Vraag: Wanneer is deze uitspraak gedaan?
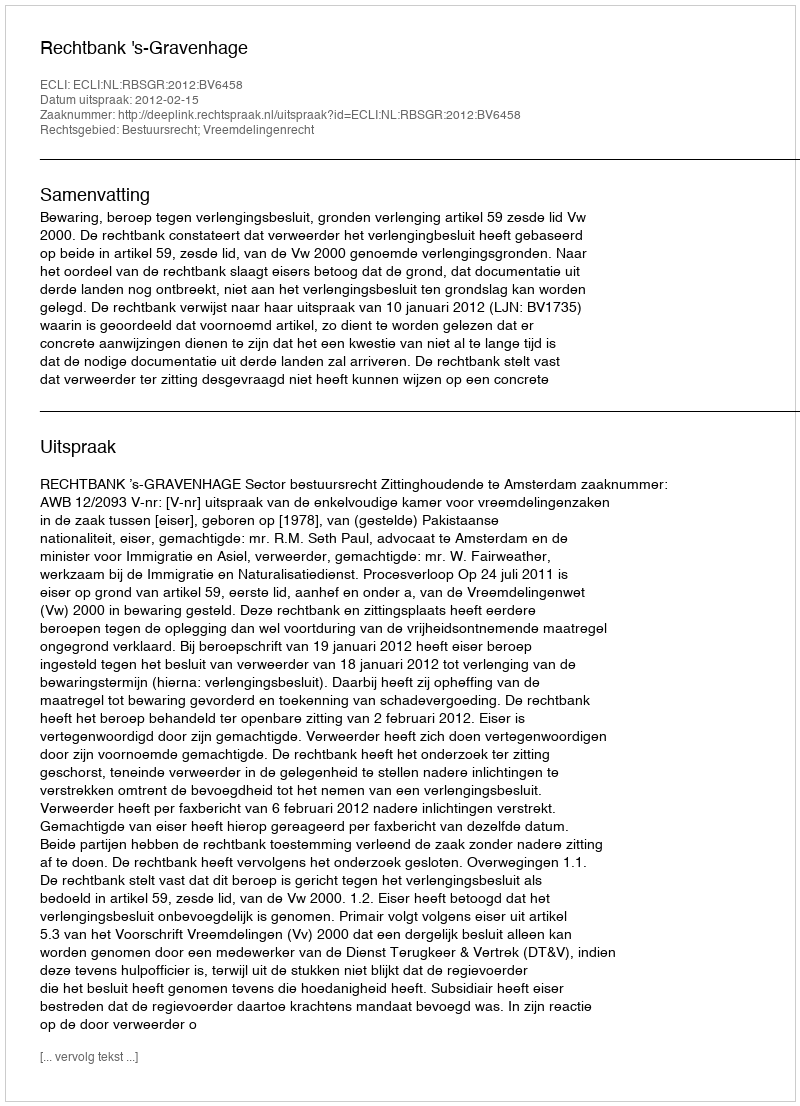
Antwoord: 2012-02-15